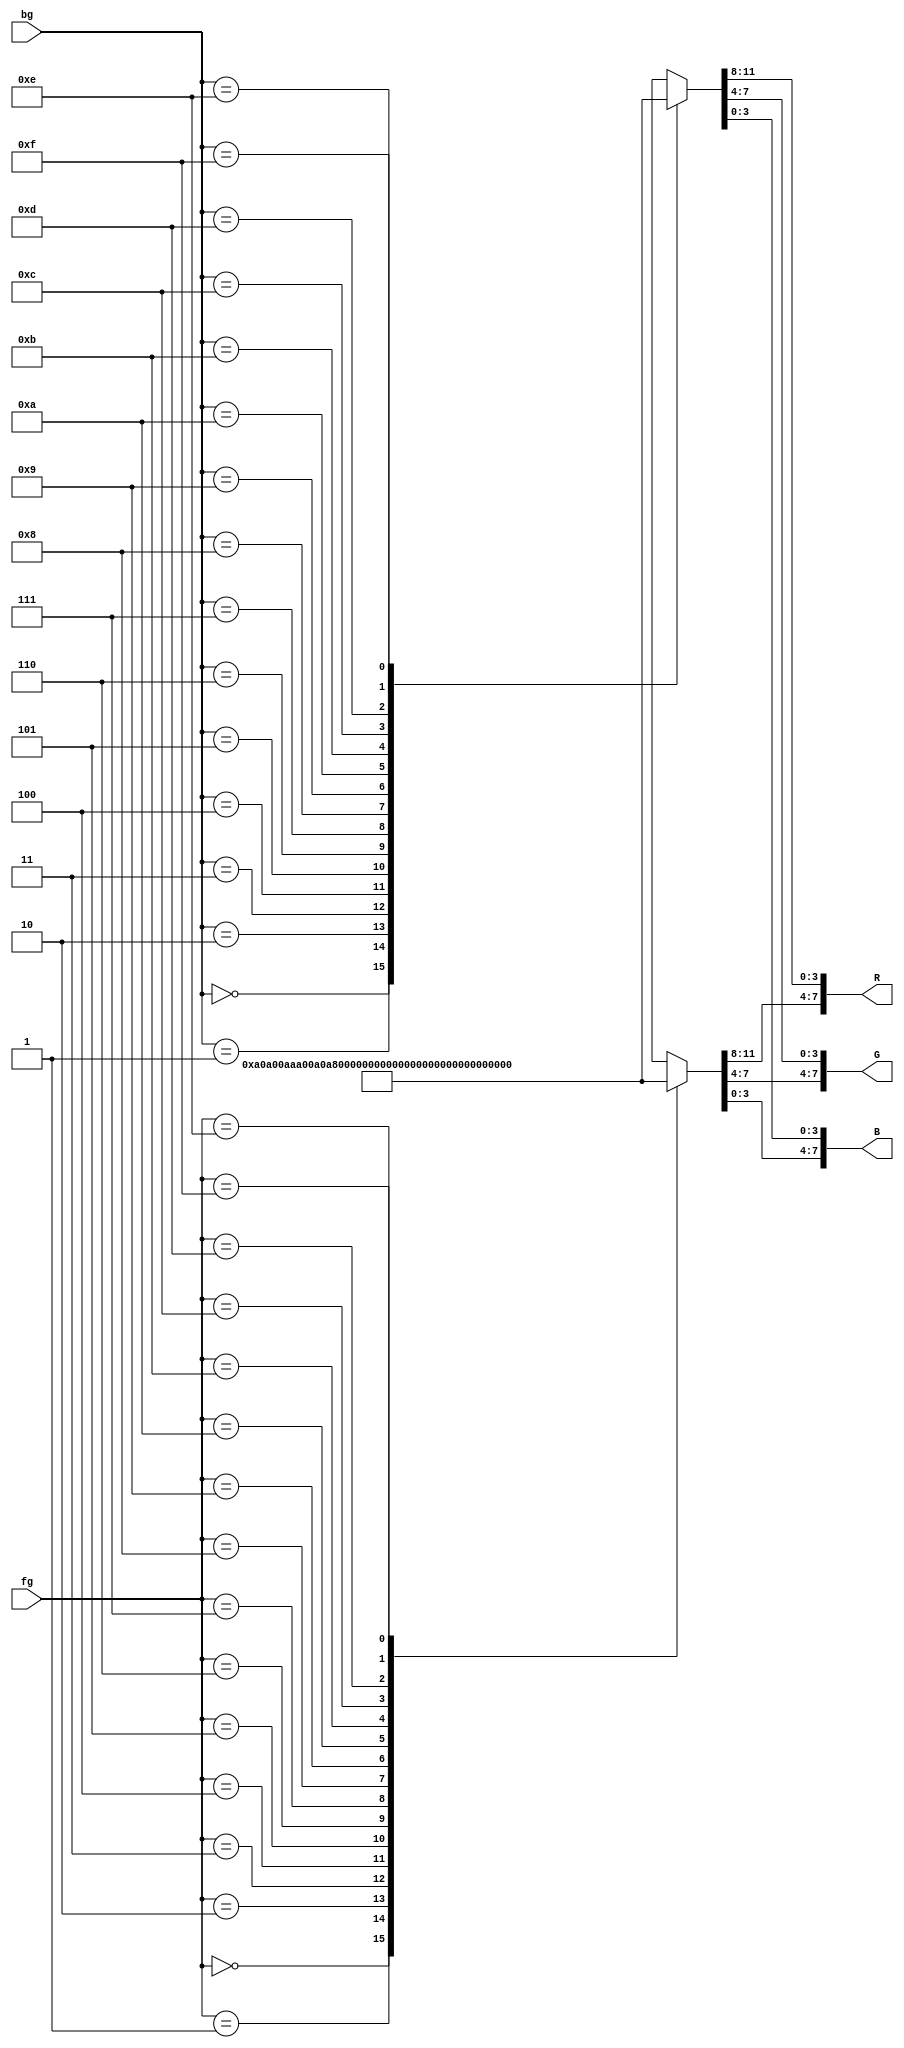
//Store the colors for color pallete 3 and output the correct RGB value based on fg and bg value
module color_pallette3(output [7:0] R, output [7:0] G, output [7:0] B, input [3:0] fg, input [3:0] bg);

//Different Color Palettes
//https://www.fountainware.com/EXPL/vga_color_palettes.htm

//Standard pallette:
wire [11:0] pallette [15:0]; //Array of RGB values so we can do multiplexing
//                     RGB
assign pallette[0] = 12'h000;
assign pallette[1] = 12'h00A;
assign pallette[2] = 12'h0A0;
assign pallette[3] = 12'h0AA;
assign pallette[4] = 12'hA00;
assign pallette[5] = 12'hA0A;
assign pallette[6] = 12'hA50;
assign pallette[7] = 12'hAAA;
assign pallette[8] = 12'h555;
assign pallette[9] = 12'h55F;
assign pallette[10] = 12'h5F5;
assign pallette[11] = 12'h5FF;
assign pallette[12] = 12'hF55;
assign pallette[13] = 12'hF5F;
assign pallette[14] = 12'hFF5;
assign pallette[15] = 12'hFFF;

wire [11:0] pallette_fg, pallette_bg;
//Index into the array to make a multiplexer
assign pallette_fg = pallette[fg];
assign pallette_bg = pallette[bg];

assign R = {pallette_fg[11:8], pallette_bg[11:8]};
assign G = {pallette_fg[7:4], pallette_bg[7:4]};
assign B = {pallette_fg[3:0], pallette_bg[3:0]};

endmodule